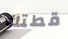
قطتك